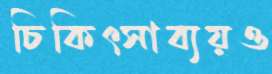
চিকিৎসাব্যয়ও